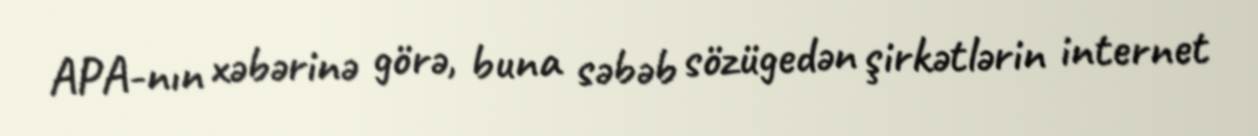
APA-nın xəbərinə görə, buna səbəb sözügedən şirkətlərin internet